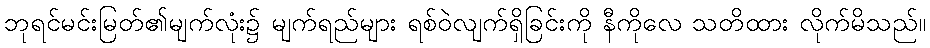
ဘုရင်မင်းမြတ်၏မျက်လုံး၌ မျက်ရည်များ ရစ်ဝဲလျက်ရှိခြင်းကို နီကိုလေ သတိထား လိုက်မိသည်။